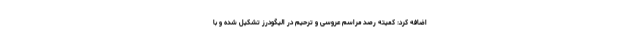
اضافه کرد: کمیته رصد مراسم عروسی و ترحیم در الیگودرز تشکیل شده و با